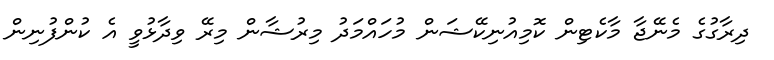
ދިރާގުގެ މެނޭޖާ މާކެޓިން ކޮމިއުނިކޭޝަން މުހައްމަދު މިރުޝާން މިރޭ ވިދާޅުވީ އެ ކުންފުނިން